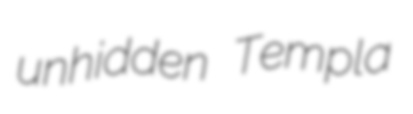
unhidden Templa